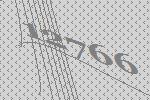
12766